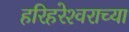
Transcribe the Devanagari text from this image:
हरिहरेश्‍वराच्या